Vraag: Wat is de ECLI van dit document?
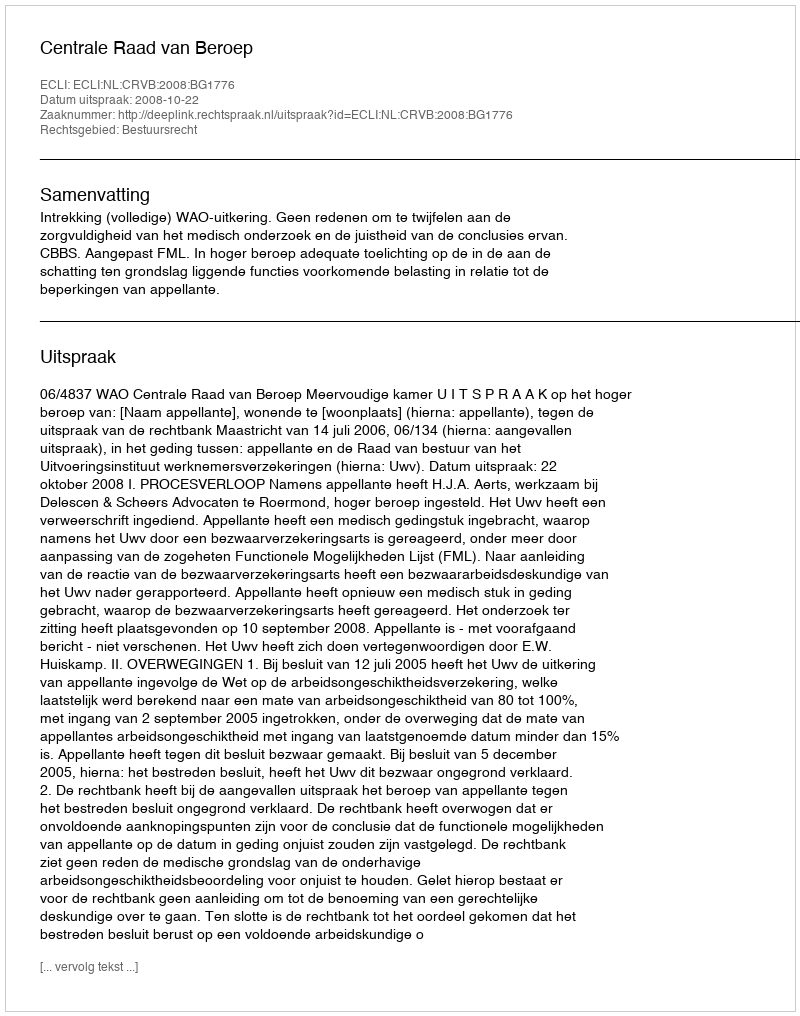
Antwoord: ECLI:NL:CRVB:2008:BG1776